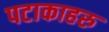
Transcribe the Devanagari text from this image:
पटाकाहरु